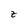
Character: z